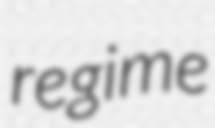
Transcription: regime